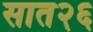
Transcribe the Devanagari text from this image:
सात२६